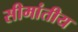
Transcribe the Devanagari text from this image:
सीमांतीय